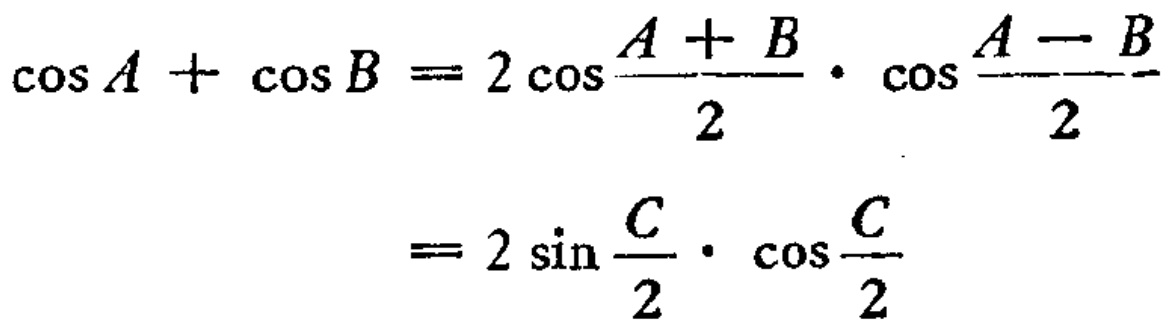
\[\begin{align*}
\cos A+\cos B&=2\cos\frac{A + B}{2}\cdot\cos\frac{A - B}{2}\\
&=2\sin\frac{C}{2}\cdot\cos\frac{C}{2}
\end{align*}\]